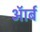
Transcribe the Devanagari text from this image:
ऑर्ब